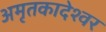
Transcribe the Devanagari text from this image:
अमृतकादेश्वर